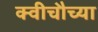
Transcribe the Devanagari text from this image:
क्वीचौच्या